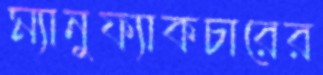
ম্যানুফ্যাকচারের